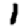
Digit: 1